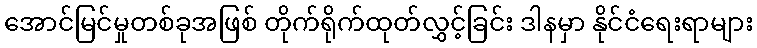
အောင်မြင်မှုတစ်ခုအဖြစ် တိုက်ရိုက်ထုတ်လွှင့်ခြင်း ဒါနမှာ နိုင်ငံရေးရာများ